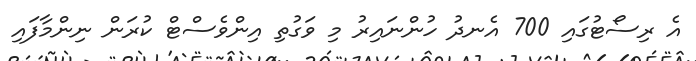
އެ ރިސޯޓުގައި 700 އެނދު ހުންނައިރު މި ވަގުތި އިންވެސްޓް ކުރަން ނިންމާފައި